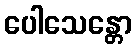
ပေါသေန္တော